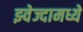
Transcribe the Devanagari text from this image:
झ्वेज्दामध्ये